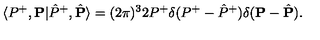
\langle P ^ { + } , { \bf P } | \hat { P } ^ { + } , \hat { \bf P } \rangle = ( 2 \pi ) ^ { 3 } 2 P ^ { + } \delta ( P ^ { + } - \hat { P } ^ { + } ) \delta ( { \bf P } - \hat { \bf P } ) .